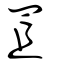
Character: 罝